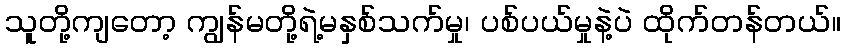
သူတို့ကျတော့ ကျွန်မတို့ရဲ့မနှစ်သက်မှု၊ ပစ်ပယ်မှုနဲ့ပဲ ထိုက်တန်တယ်။